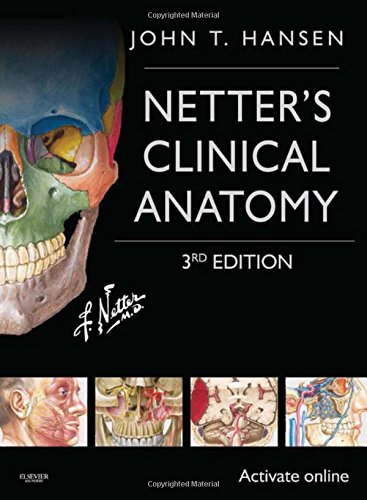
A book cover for Netter's Clinical Anatomy: with Online Access, 3e (Netter Basic Science); John T. Hansen PhD; Medical Books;